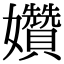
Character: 㜺